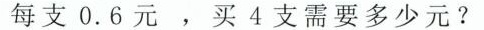
每支0.6元，买4支需要多少元?